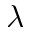
\lambda